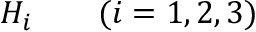
H _ { i } \qquad ( i = 1 , 2 , 3 )